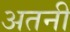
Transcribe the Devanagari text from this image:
अतनी